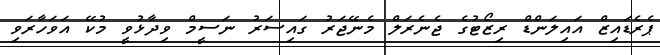
ޕެރެޑައިޒް އައިލަންޑް ރިޒޯޓުގެ ޖެނެރަލް މެނޭޖަރު ގައިސަރު ނަސީމް ވިދާޅުވީ މުކޭ އަވަހާރަވި